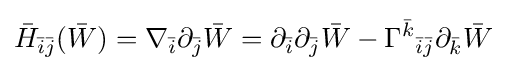
{\bar {H}}_{{\bar {i}}{\bar {j}}}({\bar {W}})=\nabla _{\bar {i}}\partial _{\bar {j}}{\bar {W}}=\partial _{\bar {i}}\partial _{\bar {j}}{\bar {W}}-\Gamma ^{\bar {k}}{}_{{\bar {i}}{\bar {j}}}\partial _{\bar {k}}{\bar {W}}